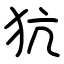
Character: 犺